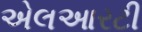
એલઆરટી